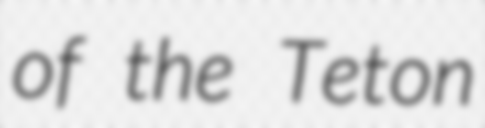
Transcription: of the Teton